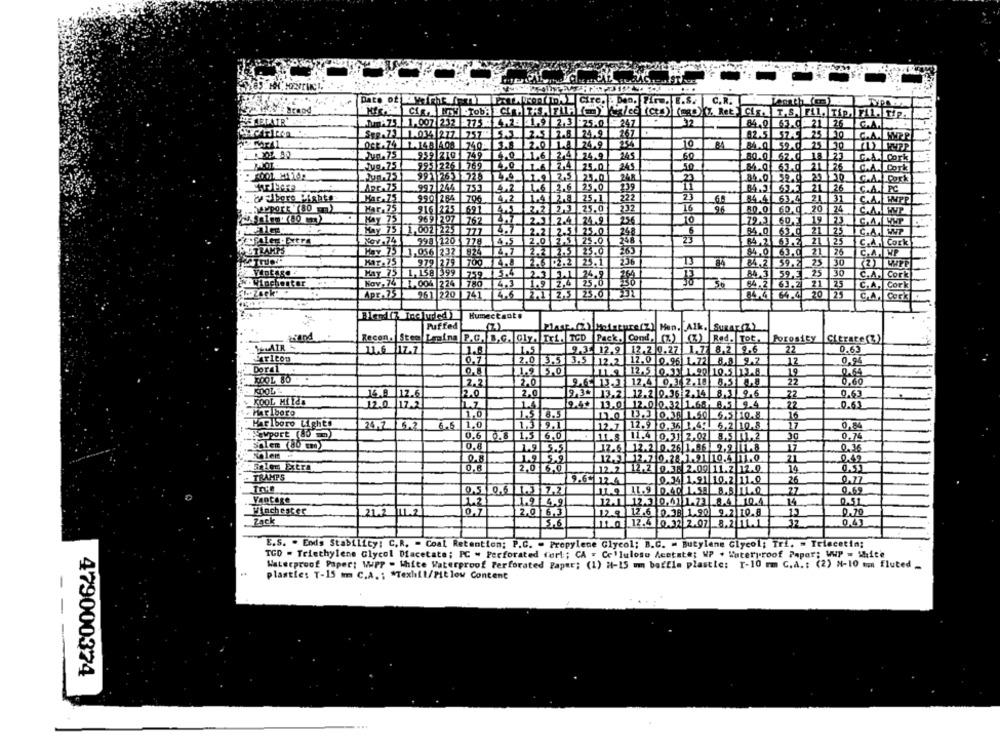
FATTORIDAL Cire. . Den. Firm. E.S. C.R.
ANDAZ5 1.007 232 -775
4.23
1.9
2.3 .25.0
- 247
32
84.0 63.0: 21 26
GAL
STR.23 1.034 277. 757- 5.5
25
2.8 24.9
267
10
C.A. MPP
Oct.74 1.148 408 740-3.8
2.0
24.9
84.0 59.0
25- 30
959 210 749
14.0
.1.6
2,4
24.9
80.0 62.0
18 23
C.A.| Cork
Je.75
995 226 769
7,4
245
5.0
21 26
C.A
25.0
Cork
991126-1 725
2.5
25.0
24
59.0 25 130
C.A. Cork
ARC.75
997 244 753
4.2
2.6 25.0
239
11
21 26
C.A.J. P.C
Har.75
990 264 706
4,2
1.4
2.2 25,1
22
84.4
63.4
21 31
C.A. IMPR
Har,75
916 225 691
2.2
2.3 25.0
16
96
$0.0. 20 24
HAY 75
4,7
969 207 762
2.1.2.4 24.9
256
10
79.3 60 3 19 23
C.A. WMP
Kay 75 1,002 225 777
2.21 2.5 . 25.0
6
84.0 63.0 21 25
C.A. WP
Ien . Extra
Nov.74
998 |120 778
2.0 2.5 25.0
248
23
21 |25
4.5
C.A. Cork
RAMPS
Hay 73 1,056 237 824
14.7
2.2 2.5 25.0
84.0 63.0
21 26
C.A. NP
Kar .75
979 279 700
2.6 .2.2 25.1
TJ
84
84.2 59.2
25 30
Hay 75 1,158 399 759
15.4
2.3 3.1 24.9
84 3 59 3 25 30
C.A. Cork
.Viochenter
Kov,74 1.004 224 780
4.3
1.9 2,4 25,0
30
1 3%
64.2 63.2 21 25
C.A, Cork
Apr.75
261 220
1241
2.1 2.5 25.0
14.4 64.4 20 25
C.A. Cock
Humectante
Puffed
Falasp.C) Medature(Z) Hen. Alk. Surar (Z)
pand
Recon. Stem Lesina P.C. B.C. Gly. Tri. TCD Pack. Cond. (Z) (X) Red. Tot.
Porosity
Citrate (Z)
WeLAIR
11.6 17.7
1.6
9.3. 12.9 12.2 7.27 1.7 8.2 76
22
0.63
Carlton
0.7
2.0 3.5 3.5 12.2 12.0 0.96 1.77 8.8 9.2
0.94
Derel
12
1.9 5.0
12.5
0.33 1.90 10.5 13.8
19
0.64
2.2
20
9.6 .3 12.4 0
18
8,5 9,8
0,60
14.8
12.6
2.0
2.0
9.3+ 13.2 12.2 0.36 2.14
8.3 9.6
22
0.63
KOOL MILES
h.z
1
9.4+
13.0 12.0 0.32 1.63, 8,5 9.4
22
0.63
Marlboro
12.0 17.2
1,0
1.5 6.5
16
Marlboro Light!
24.2
5.2
6.5
1.0
1.3
9,1
12.7
12.9 0.36 1.4. 6.2 10.8
17
0.84
Fewport (40 )
0.6 0.8
11,5 6,0
1.4 0.31 2.02 3.5 .2
0.74
Solem (80 cm)
0.6
1.9 5.5
17.6 12.2 0.26 1.35 9,9 F .. 8
17
0.36
0.8
12.3 12.2 0.28 1.91 10.4 11.0
21
501cm Extra
0.8
2,0 6,Q
12.2 12.2 . 2.00 11.7 12.0
14
TRAMPS
9.6~ 12.4
0.34 1.91 10.2 11.0
26
0,77
0.50.6 1.3 72
27
0.69
Vantage
19 49
12.1 12.3 0,41 1.73 .4 10.4
14
0.51
Winchester
2,0 6,3
13
0.70
21.2 11.2
10.7
12. 12.6 .36 1.90 9.2 10.8
Pack
5.6
11.0 12.4 0.32 2.07 8.2 .1
12
0.4
E.S. - Ends Stability: C.R. - Coal Retention: P.C. - Propylene Glycol; B.C. = Butylene Glycol; Tri. = Triecetin;
TGD - Triethylene Glycol Diacetate; PC - Perforated fort; CA . Cellulose Acetate; UP . Waterproof Paper; WWP = White
Waterproof Paper: WWPP - White Waterproof Perforated Paper; (1) H-15 mm baffle plastle: 1-10 mm C.d. : (2) N-10 um fluted _
plastie: T-15 mm C.A. : * Texhil/Pit low Content
-
479000374